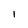
Character: I